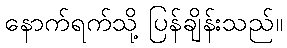
နောက်ရက်သို့ ပြန်ချိန်းသည်။